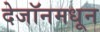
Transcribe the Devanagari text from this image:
देजॉनमधून